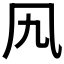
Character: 𠘪